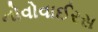
નોવોવાઈરસ